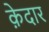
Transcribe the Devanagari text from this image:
क़ेदार